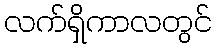
လက်ရှိကာလတွင်